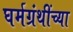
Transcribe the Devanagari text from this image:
घर्मग्रंथींच्या